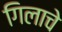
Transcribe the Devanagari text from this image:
गिलाचे